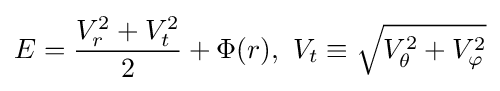
E={V_{r}^{2}+V_{t}^{2} \over 2}+\Phi (r),~V_{t}\equiv {\sqrt {V_{\theta }^{2}+V_{\varphi }^{2}}}